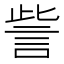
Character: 訾